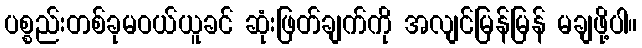
ပစ္စည်းတစ်ခုမဝယ်ယူခင် ဆုံးဖြတ်ချက်ကို အလျင်မြန်မြန် မချဖို့ပါ။